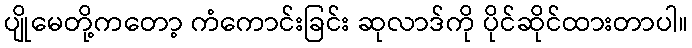
ပျိုမေတို့ကတော့ ကံကောင်းခြင်း ဆုလာဒ်ကို ပိုင်ဆိုင်ထားတာပါ။